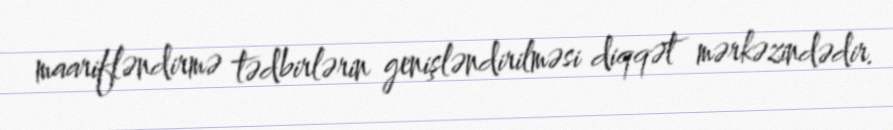
maarifləndirmə tədbirlərin genişləndirilməsi diqqət mərkəzindədir.